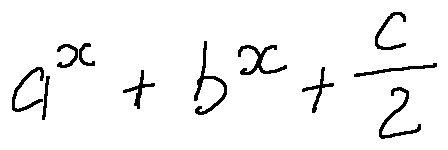
a ^ { x } + b ^ { x } + \frac { c } { 2 }